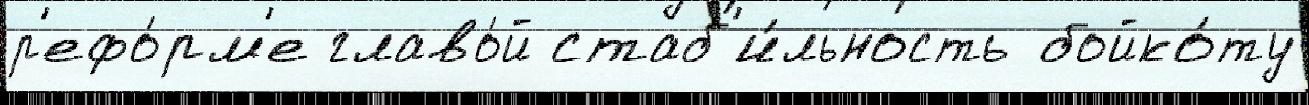
р'ефо́рм'е главо́й стаб'и́льность бойко́ту